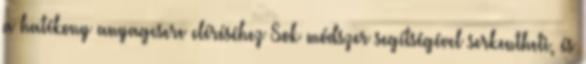
a hatékony anyagcsere eléréséhez Sok módszer segítségével serkentheti, és